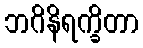
ဘဂိနိရက္ခိတာ